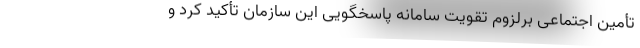
تأمین اجتماعی برلزوم تقویت سامانه پاسخگویی این سازمان تأکید کرد و